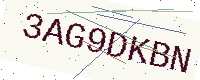
Text: 3AG9DKBN